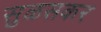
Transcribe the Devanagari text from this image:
सुळसकर